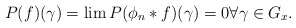
\begin{align*} P(f)(\gamma)= \lim P(\phi_n*f)(\gamma)=0 \forall \gamma\in G_x.\end{align*}